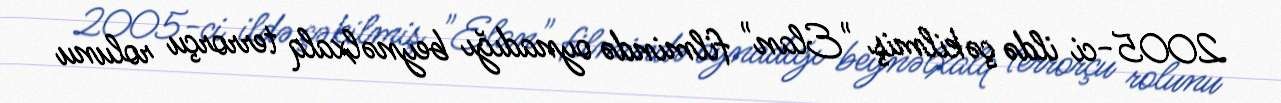
2005-ci ildə çəkilmiş "Elan" filmində oynadığı beynəlxalq terrorçu rolunu